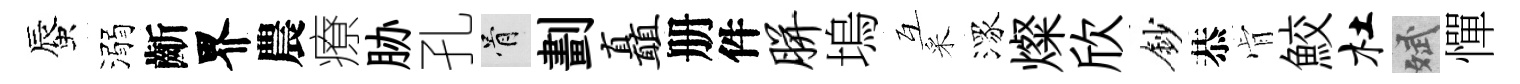
蜃溺齗界農療胁孔骨劃矗册件胼塢互采潈燦欣鈔恭肻鮫杜斌憚